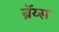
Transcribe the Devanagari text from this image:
ब्रॅय्स